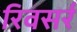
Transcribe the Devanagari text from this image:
रिवसर्र